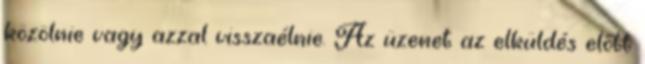
közölnie vagy azzal visszaélnie. Az üzenet az elküldés előtt